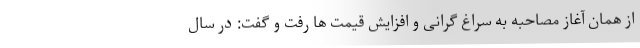
از همان آغاز مصاحبه به سراغ گرانی و افزایش قیمت ها رفت و گفت: در سال